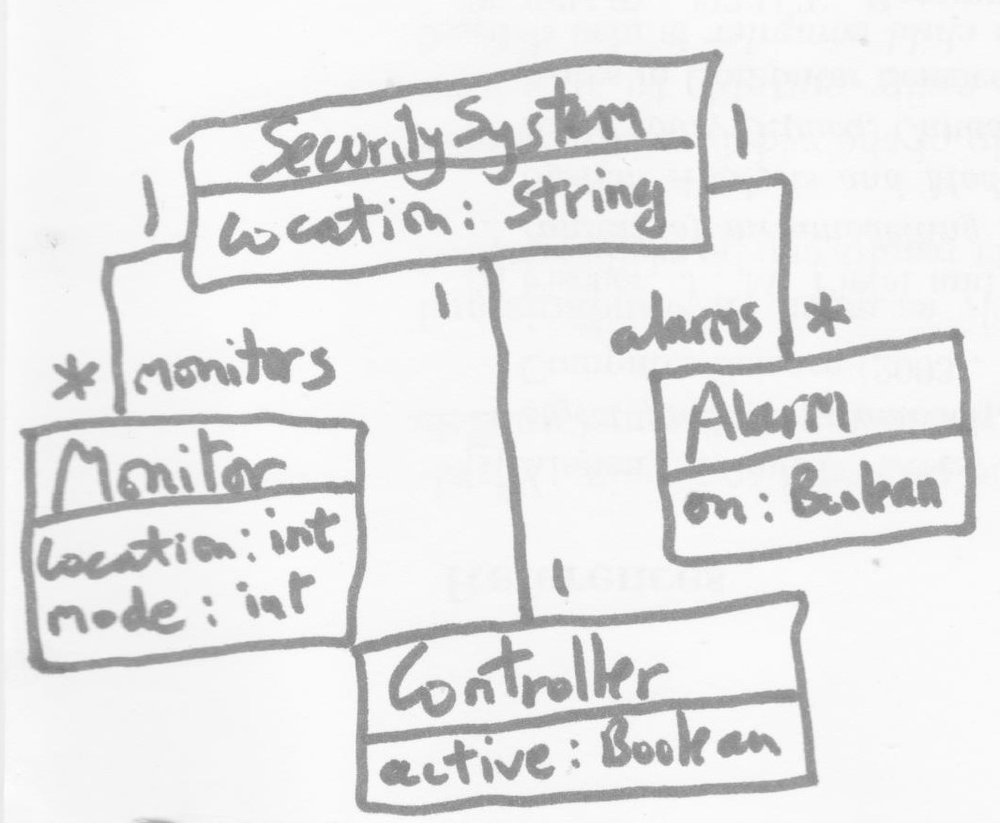
Diagram type: class_diagram
```plantuml
@startuml

class SecuritySystem {
  location: String
}

class Monitor {
  location: int
  mode: int
}

class Alarm {
  on: boolean
}

class Controller {
  active: boolean
}

SecuritySystem "1" -- "monitors *" Monitor
SecuritySystem "1" -- "1" Controller
SecuritySystem "1" -- "alarms *" Alarm

@enduml
```